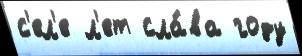
с'ел'е л'ет сла́ва году